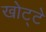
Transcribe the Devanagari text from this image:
खोट्टे